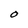
Character: O